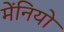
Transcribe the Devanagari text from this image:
मेंनियो